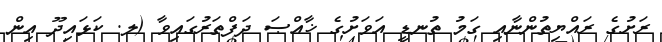
ރަށުގެ ރައްޔިތުންނާއި ގަމު ތުނޑީ އަވަށުގެ ޚާއްޞަ ދަފްތަރުގައިވާ (ލ. ކަޅައިދޫ އިން